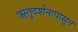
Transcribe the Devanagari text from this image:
ऋतुदर्शनापासुन